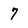
Character: 7